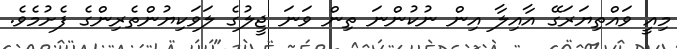
މިއީ ވައްތިޔަރަގޭ އާއިލާ އިން ނުކުންނަ ތިން ވަނަ ޖީލުގެ ލަވަކިޔުންތެރިންގެ ފެށުމެވެ.